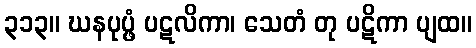
၃၁၃။ ဃနပုပ္ဖံ ပဋလိကာ၊ သေတံ တု ပဋိကာ ပျထ။